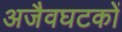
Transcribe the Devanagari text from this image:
अजैवघटकों